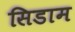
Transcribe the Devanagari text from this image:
सिडाम